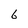
Character: 6